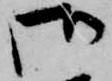
御